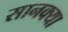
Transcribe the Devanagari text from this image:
सानक्या